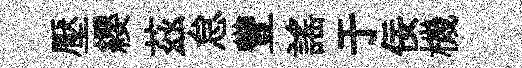
壓纓茲怠豐謡于佞機